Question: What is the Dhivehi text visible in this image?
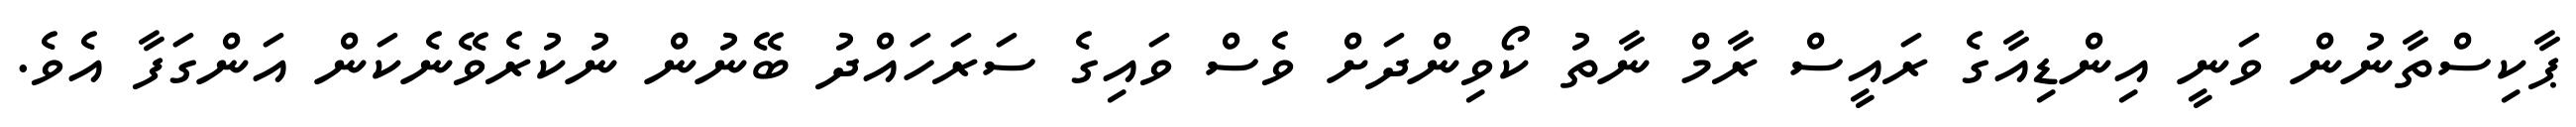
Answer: ޕާކިސްތާނުން ވަނީ އިންޑިއާގެ ރައީސް ރާމް ނާތު ކޯވިންދަށް ވެސް ވައިގެ ސަރަހައްދު ބޭނުން ނުކުރެވޭނެކަން އަންގަފާ އެވެ.